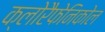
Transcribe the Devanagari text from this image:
क्लोरैफेनिकोल